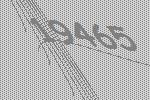
19465